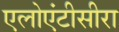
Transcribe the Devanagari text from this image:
एलोएंटीसीरा